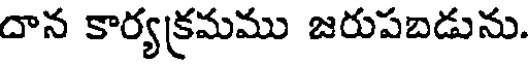
దాన కార్యక్రమము జరుపబడును.